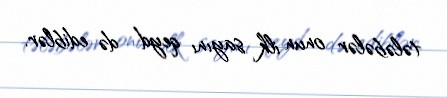
tələbələr onun ilk sayını qeyd də ediblər.